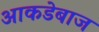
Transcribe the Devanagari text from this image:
आकडेबाज